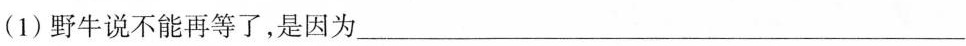
(1)野牛说不能再等了，是因为___